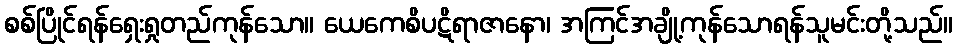
စစ်ပြိုင်ရန်ရှေးရှုတည်ကုန်သော။ ယေကေစိပဋိရာဇာနော၊ အကြင်အချို့ကုန်သောရန်သူမင်းတို့သည်။